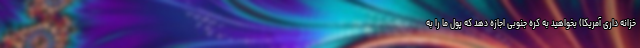
خزانه ‌داری آمریکا) بخواهید به کره جنوبی اجازه دهد که پول ما را به